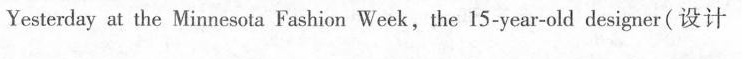
Yesterday at the Minnesota Fashion Week,the 15-year-old designer(设计